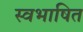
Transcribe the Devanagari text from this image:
स्वभाषित